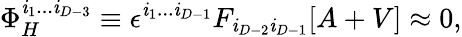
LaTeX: \Phi_{H}^{\mathit{i}_{1}...\mathit{i}_{D-3}}\equiv\epsilon^{\mathit{i}_{1}...\mathit{i}_{D-1}}F_{\mathit{i}_{D-2}\mathit{i}_{D-1}}[A+V]\approx0,